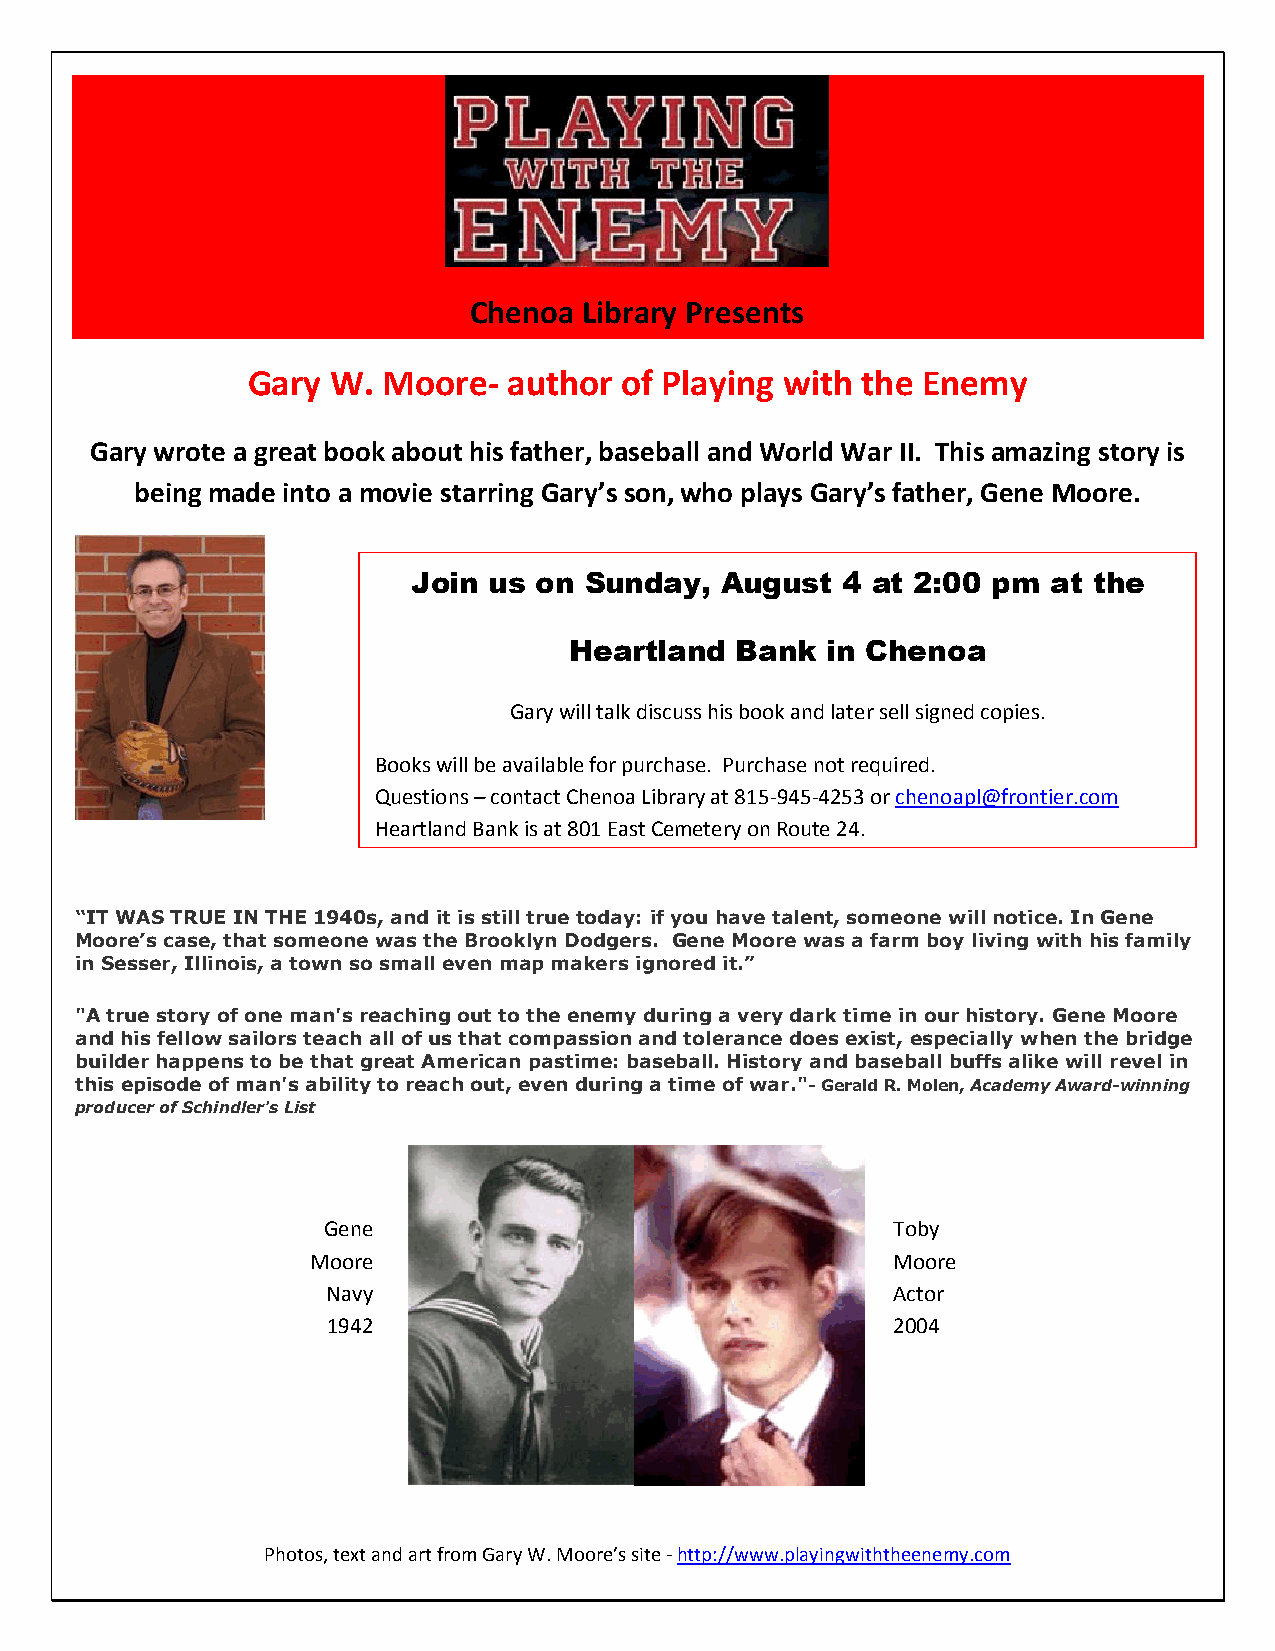
Chenoa  Library Presents
 Gary  W. Moore-   author of Playing with the Enemy
 Gary wrote a great book about his father, baseball and World War II. This amazing story is
 being made into a movie starring Gary’s son, who plays Gary’s father, Gene Moore.
 Join us on  Sunday,  August  4 at 2:00 pm  at the
 Heartland  Bank  in Chenoa
 Gary will talk discuss his book and later sell signed copies.
 Books will be available for purchase. Purchase not required.
 Questions – contact Chenoa Library at 815-945-4253 or chenoapl@frontier.com
 Heartland Bank is at 801 East Cemetery on Route 24.
 “IT WAS TRUE IN THE 1940s, and it is still true today: if you have talent, someone will notice. In Gene
 Moore’s case, that someone was the Brooklyn Dodgers. Gene Moore was a farm boy living with his family
 in Sesser, Illinois, a town so small even map makers ignored it.”
 "A true story of one man's reaching out to the enemy during a very dark time in our history. Gene Moore
 and his fellow sailors teach all of us that compassion and tolerance does exist, especially when the bridge
 builder happens to be that great American pastime: baseball. History and baseball buffs alike will revel in
 this episode of man's ability to reach out, even during a time of war."- Gerald R. Molen, Academy Award-winning
 producer of Schindler's List
 Gene                                  Toby
 Moore                                 Moore
 Navy                                 Actor
 1942                                 2004
 Photos, text and art from Gary W. Moore’s site - http://www.playingwiththeenemy.com